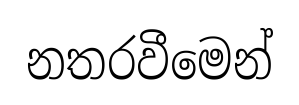
නතරවීමෙන්